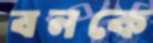
বনকে